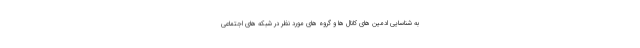
به شناسایی ادمین های کانال ها و گروه های مورد نظر در شبکه های اجتماعی